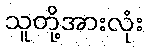
သူတို့အားလုံး